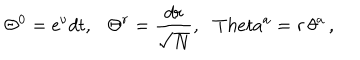
\Theta ^ { 0 } = \mathrm { e } ^ { \nu } d t , \ \ \ \Theta ^ { r } = \frac { d r } { \sqrt { N } } , \ \ \, T h e t a ^ { a } = r \, \theta ^ { a } \, ,